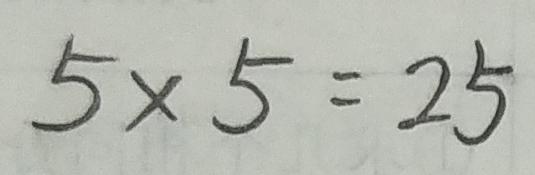
5 \times 5 = 2 5